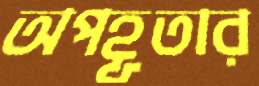
অপহূতার